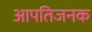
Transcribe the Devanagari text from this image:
आपतिजनक